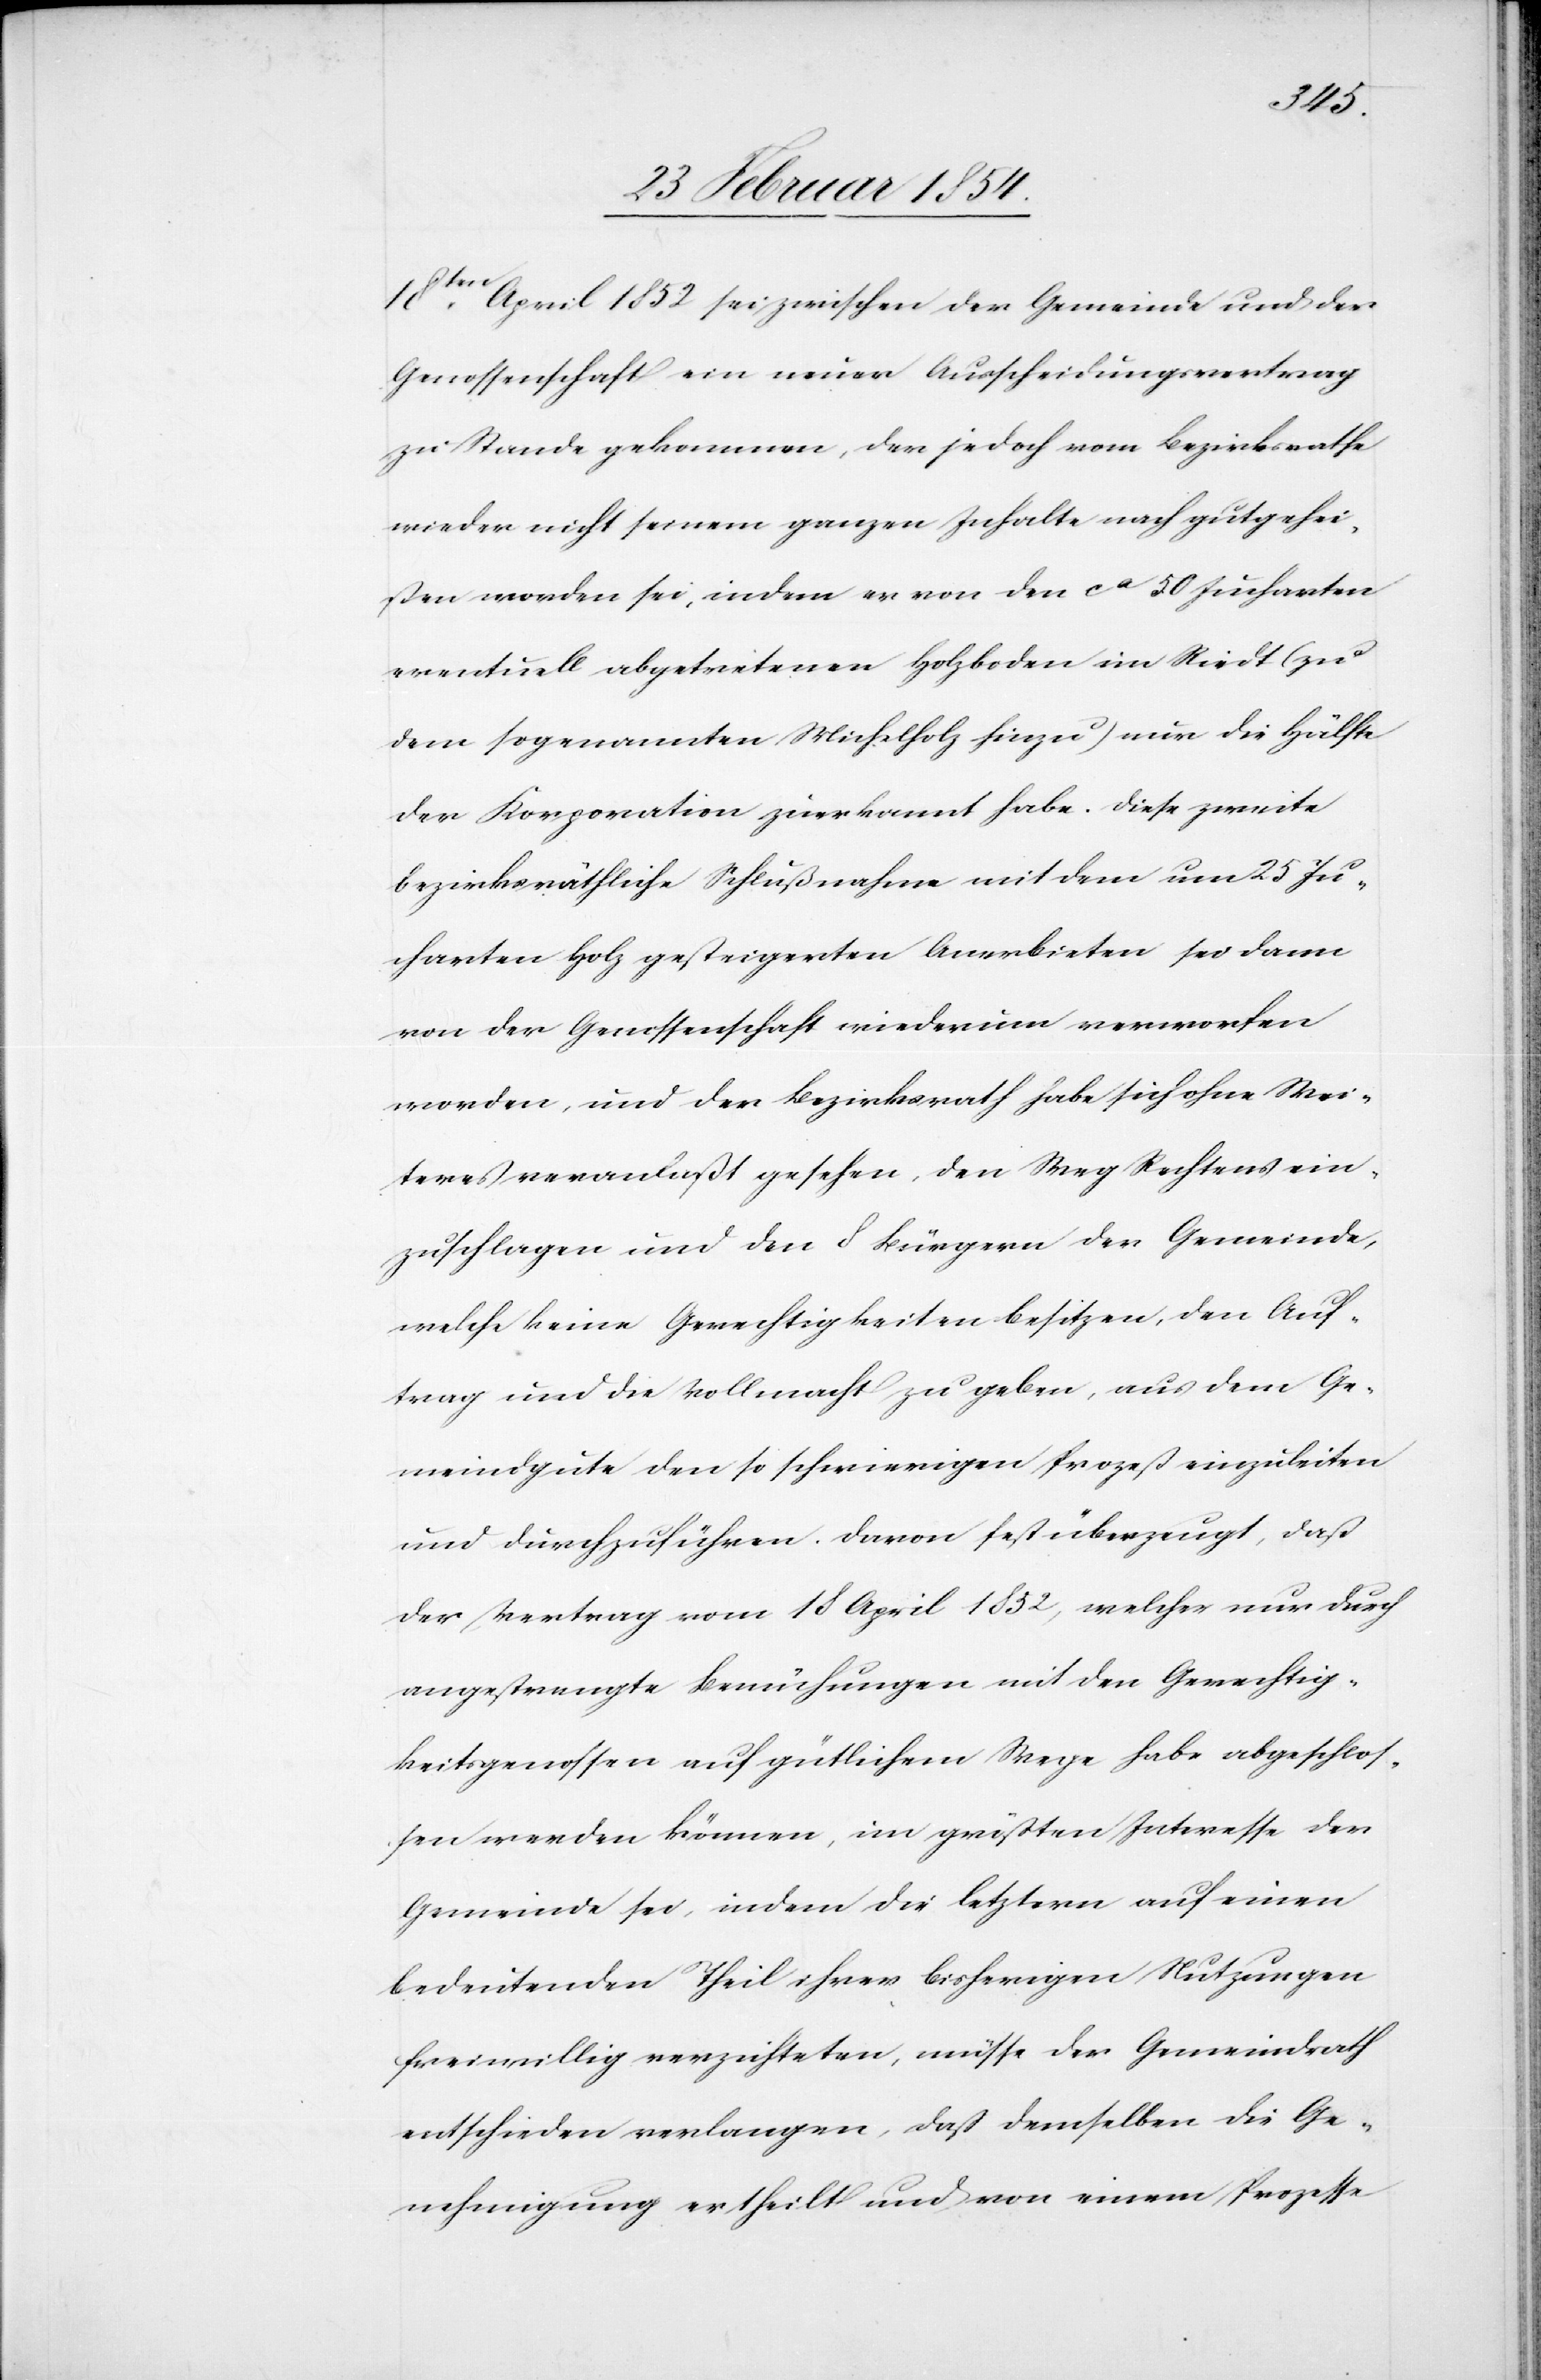
18ten April 1852 sei zwischen der Gemeinde und der
Genossenschaft ein neuer Ausscheidungsvertrag
zu Stande gekommen, der jedoch vom Bezirksrathe
wieder nicht seinem ganzen Inhalte nach gutgehei¬
ßen worden sei, indem er von den ca 50 Jucharten
eventuell abgetretenen Holzboden im Riedt (zu
dem sogenannten Michelholz hinzu) nur die Hälfte
der Korporation zuerkannt habe. Diese zweite
bezirksräthliche Schlußnahme mit dem um 25 Ju¬
charten Holz gesteigerten Anerbieten sei dann
von der Genossenschaft wiederum verworfen
worden, und der Bezirksrath habe sich ohne Wei¬
teres veranlaßt gesehen, den Weg Rechtens ein¬
zuschlagen und den 8 Bürgern der Gemeinde,
welche keine Gerechtigkeiten besitzen, den Auf¬
trag und die Vollmacht zu geben, aus dem Ge¬
meindgute den so schwierigen Prozeß einzuleiten
und durchzuführen. Davon fest überzeugt, daß
der Vertrag vom 18 April 1852, welcher nur durch
angestrengte Bemühungen mit den Gerechtig¬
keitsgenossen auf gütlichem Wege habe abgeschlos¬
sen werden können, im größten Interesse der
Gemeinde sei, indem die letztern auf einen
bedeutenden Theil ihrer bisherigen Nutzungen
freiwillig verzichteten, müsse der Gemeindrath
entschieden verlangen, daß demselben die Ge¬
nehmigung ertheilt und von einem Prozesse